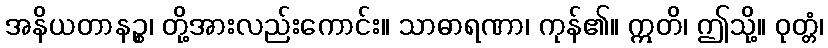
အနိယတာနဉ္စ၊ တို့အားလည်းကောင်း။ သာဓာရဏာ၊ ကုန်၏။ ဣတိ၊ ဤသို့။ ဝုတ္တံ၊